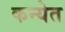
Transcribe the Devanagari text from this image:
कन्येत